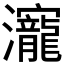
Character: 𰝳